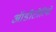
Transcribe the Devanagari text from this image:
ऑडीटोरियो